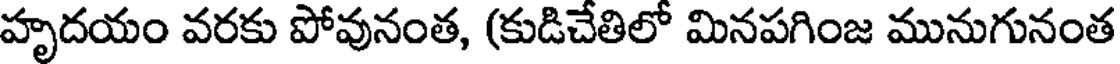
హృదయం వరకు పోవునంత, (కుడిచేతిలో మినపగింజ మునుగునంత